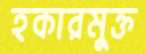
হকারমুক্ত